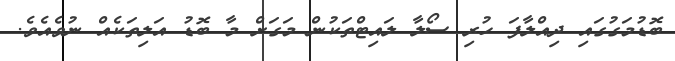
ބޮޑުމަގުގައި ދިއްލާފަ ހުރި ސޯލާ ލައިޓްތަކުން މަގަށް މާ ބޮޑު އަލިތަކެއް ނުވެއެވެ.